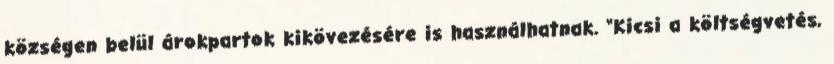
községen belül árokpartok kikövezésére is használhatnak. “Kicsi a költségvetés,